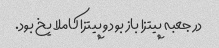
در جعبه پیتزا باز بود و پیتزا کاملا یخ بود.